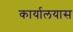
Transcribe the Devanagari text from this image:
कार्यालयास